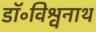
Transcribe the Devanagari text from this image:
डॉ॰विश्वनाथ